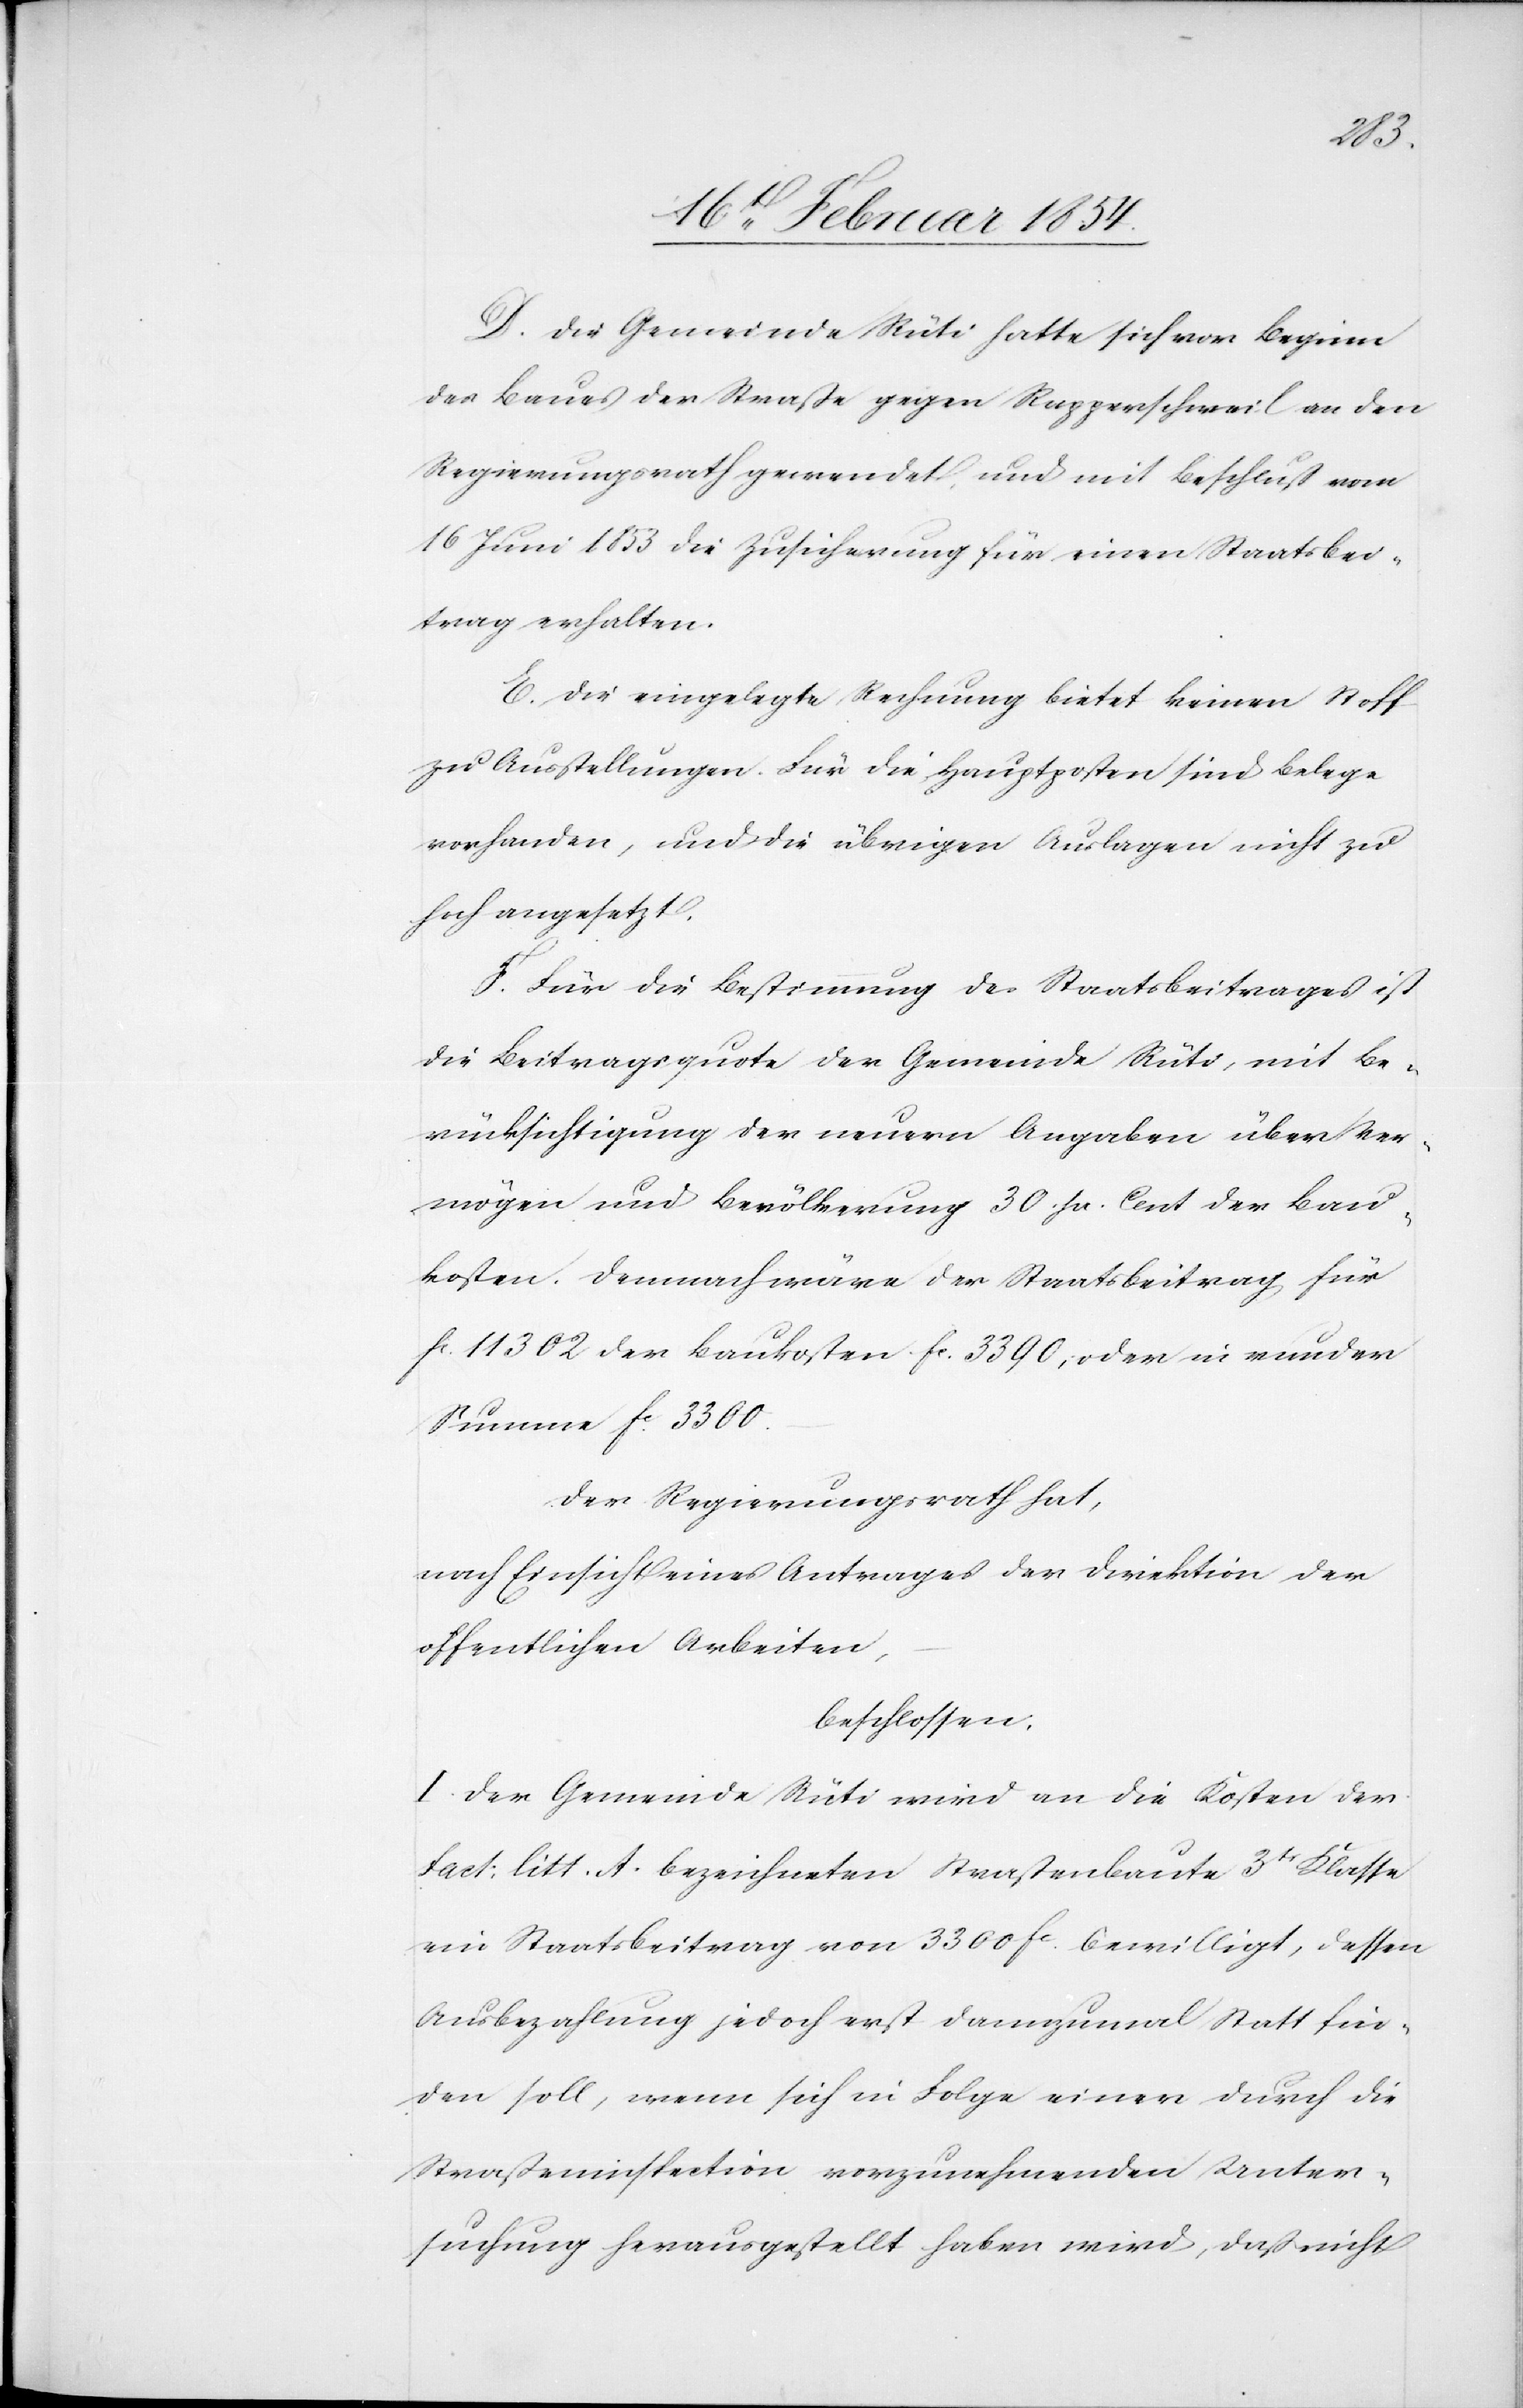
D. Die Gemeinde Rüti hatte sich vor Beginn
des Baues der Straße gegen Rapperschweil an den
Regierungsrath gewendet, und mit Beschluß vom
16 Juni 1853 die Zusicherung für einen Staatsbei¬
trag erhalten.
E. Die eingelegte Rechnung bietet keinen Stoff
zu Ausstellungen. Für die Hauptposten sind Belege
vorhanden, und die übrigen Auslagen nicht zu
hoch angesetzt.
F. Für die Bestimmung des Staatsbeitrages ist
die Beitragsquote der Gemeinde Rüti, mit Be¬
rücksichtigung der neuern Angaben über Ver¬
mögen und Bevölkerung 20. pr. Cent der Bau¬
kosten. Demnach wäre der Staatsbeitrag für
Fc 11 302 der Baukosten Fc 3390, oder in runder
Summe Fc 3300.
Der Regierungsrath hat,
nach Einsicht eines Antrages der Direktion der
öffentlichen Arbeiten,
beschlossen:
I. Der Gemeinde Rüti wird an die Kosten der
Fact: litt. A. bezeichneten Straßenbaute 3tr Klasse
ein Staatsbeitrag von 3300 Fc bewilligt, dessen
Ausbezahlung jedoch erst dannzumal Statt fin¬
den soll, wenn sich in Folge einer durch die
Straßeninspection vorzunehmenden Unter¬
suchung herausgestellt haben wird, daß nicht